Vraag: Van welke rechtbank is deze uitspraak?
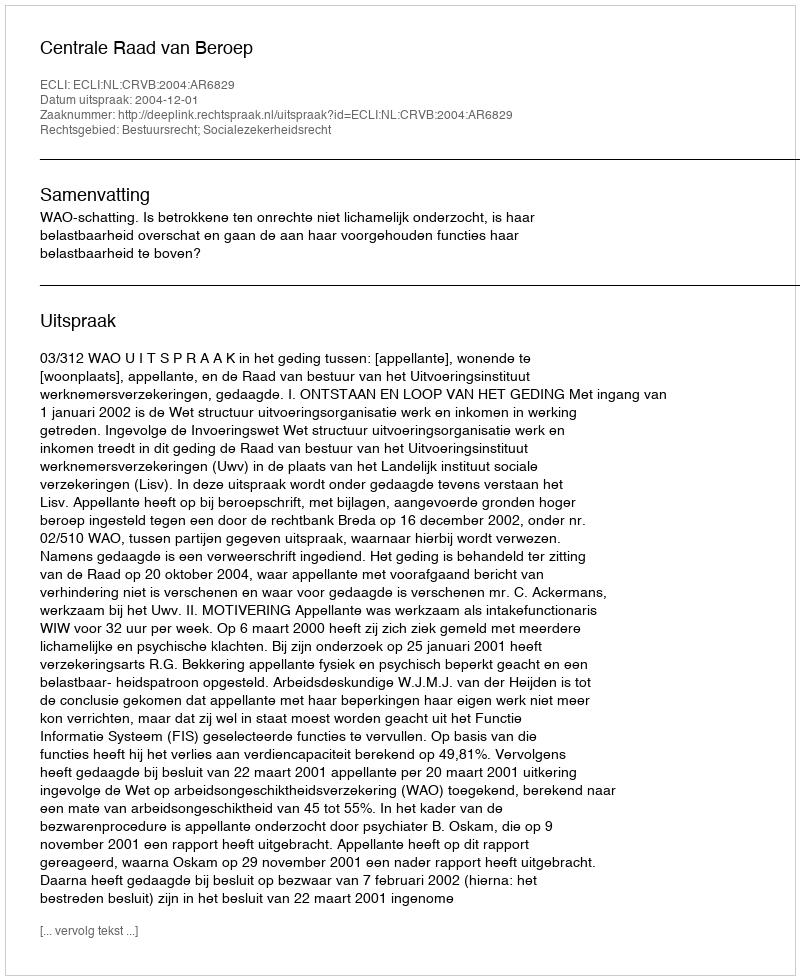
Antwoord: Centrale Raad van Beroep